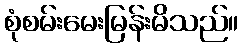
စုံစမ်းမေးမြန်းမိသည်။